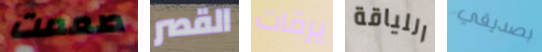
صممت القصر يرقات اللياقة بصديقي